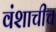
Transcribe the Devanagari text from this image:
वंशाचीच